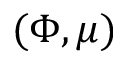
( \Phi , \mu )